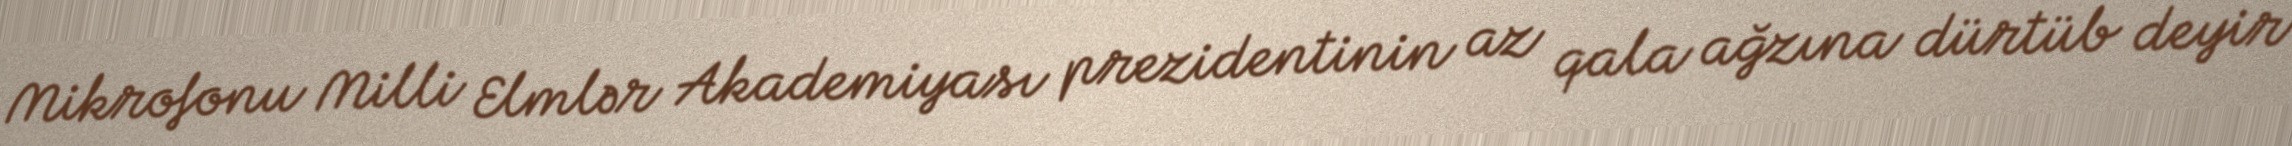
Mikrofonu Milli Elmlər Akademiyası prezidentinin az qala ağzına dürtüb deyir